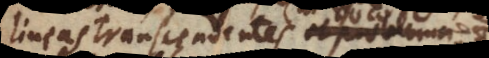
Lineas transcendentes (ut